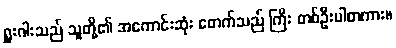
ရှူးဂါးသည် သူတို့၏ အကောင်းဆုံး ဖောက်သည် ကြီး တစ်ဦးပါတကား။